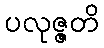
ပလုဇ္ဇတိ